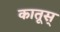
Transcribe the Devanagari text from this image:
कातूस्